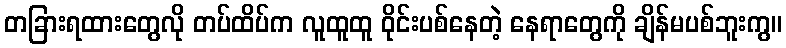
တခြားရထားတွေလို တပ်ထိပ်က လူထူထူ ဝိုင်းပစ်နေတဲ့ နေရာတွေကို ချိန်မပစ်ဘူးကွ။